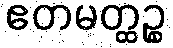
ဧတမတ္ထဉ္စ